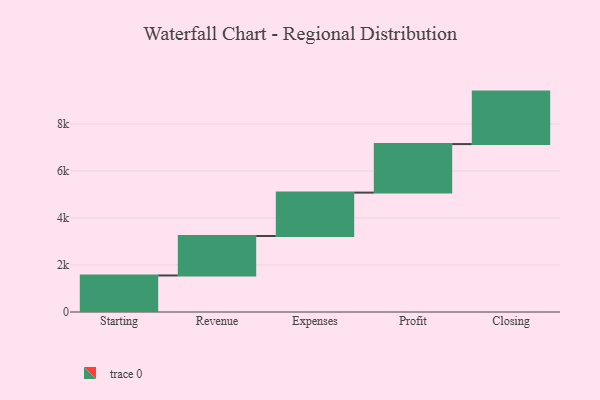
{"axis": {"x": "Step", "y": "Value"}, "legend": [""], "data": [{"x": "Starting", "y": 1554.0, "type": ""}, {"x": "Revenue", "y": 1679.0, "type": ""}, {"x": "Expenses", "y": 1845.0, "type": ""}, {"x": "Profit", "y": 2064.0, "type": ""}, {"x": "Closing", "y": 2232.0, "type": ""}]}